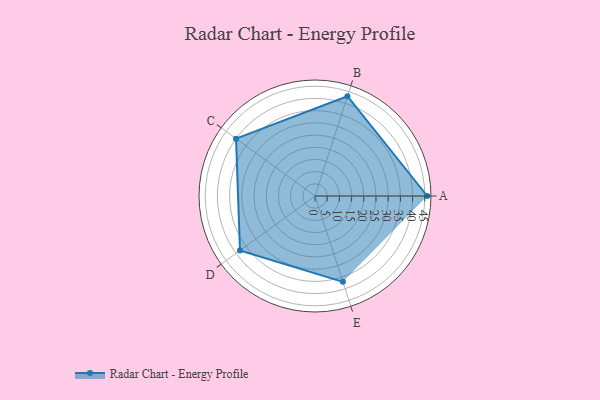
{"axis": {"x": "Skill", "y": "Score"}, "legend": ["Profile"], "data": [{"x": "A", "y": 46.0, "type": "Profile"}, {"x": "B", "y": 43.0, "type": "Profile"}, {"x": "C", "y": 40.0, "type": "Profile"}, {"x": "D", "y": 38.0, "type": "Profile"}, {"x": "E", "y": 37.0, "type": "Profile"}]}